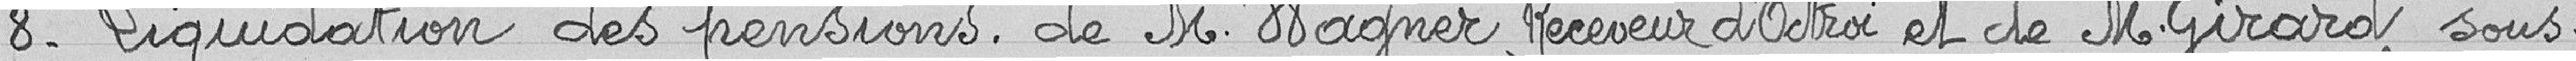
8- Liquidation des pensions de M. Wagner, Receveur d'Octroi et de M. Girard sous-